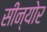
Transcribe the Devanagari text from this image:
सीन्योर